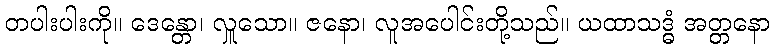
တပါးပါးကို။ ဒေန္တော၊ လှူသော။ ဇနော၊ လူအပေါင်းတို့သည်။ ယထာသဒ္ဓံ အတ္တနော